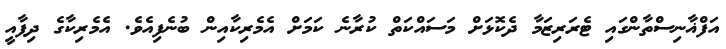
އަފްޣާނިސްތާންގައި ޓެރަރިޒަމާ ދެކޮޅަށް މަސައްކަތް ކުރާނެ ކަމަށް އެމެރިކާއިން ބުނެފިއެވެ. އެމެރިކާގެ ދިފާއީ